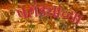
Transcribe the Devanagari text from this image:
परांड्याच्या